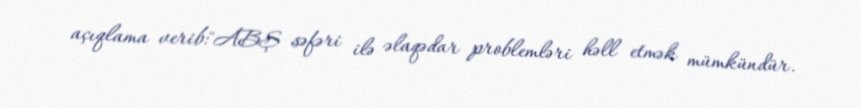
açıqlama verib:"ABŞ səfəri ilə əlaqədar problemləri həll etmək mümkündür.